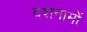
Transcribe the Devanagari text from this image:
दशनामों